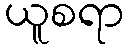
ယူစရာ